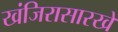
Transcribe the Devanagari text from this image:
खंजिरासारखे